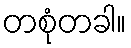
တစုံတခါ။